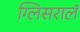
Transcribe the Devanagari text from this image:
ग्लिसरालॅ